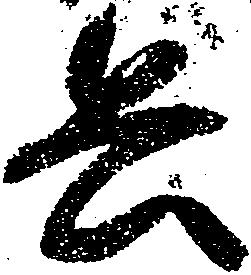
兵